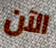
الآن